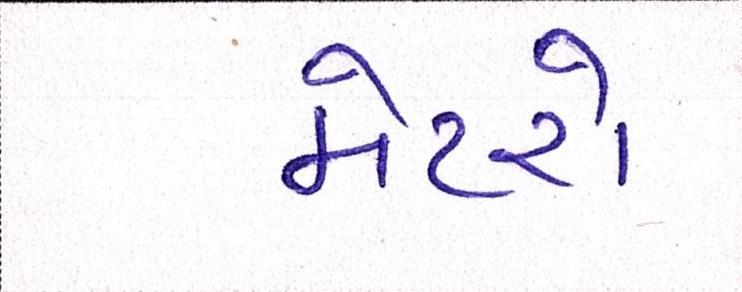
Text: મેટરો